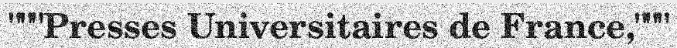
"""Presses Universitaires de France,"""